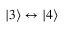
| 3 \rangle \leftrightarrow | 4 \rangle